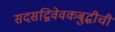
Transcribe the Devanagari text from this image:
सदसद्विवेवकबुद्धीची